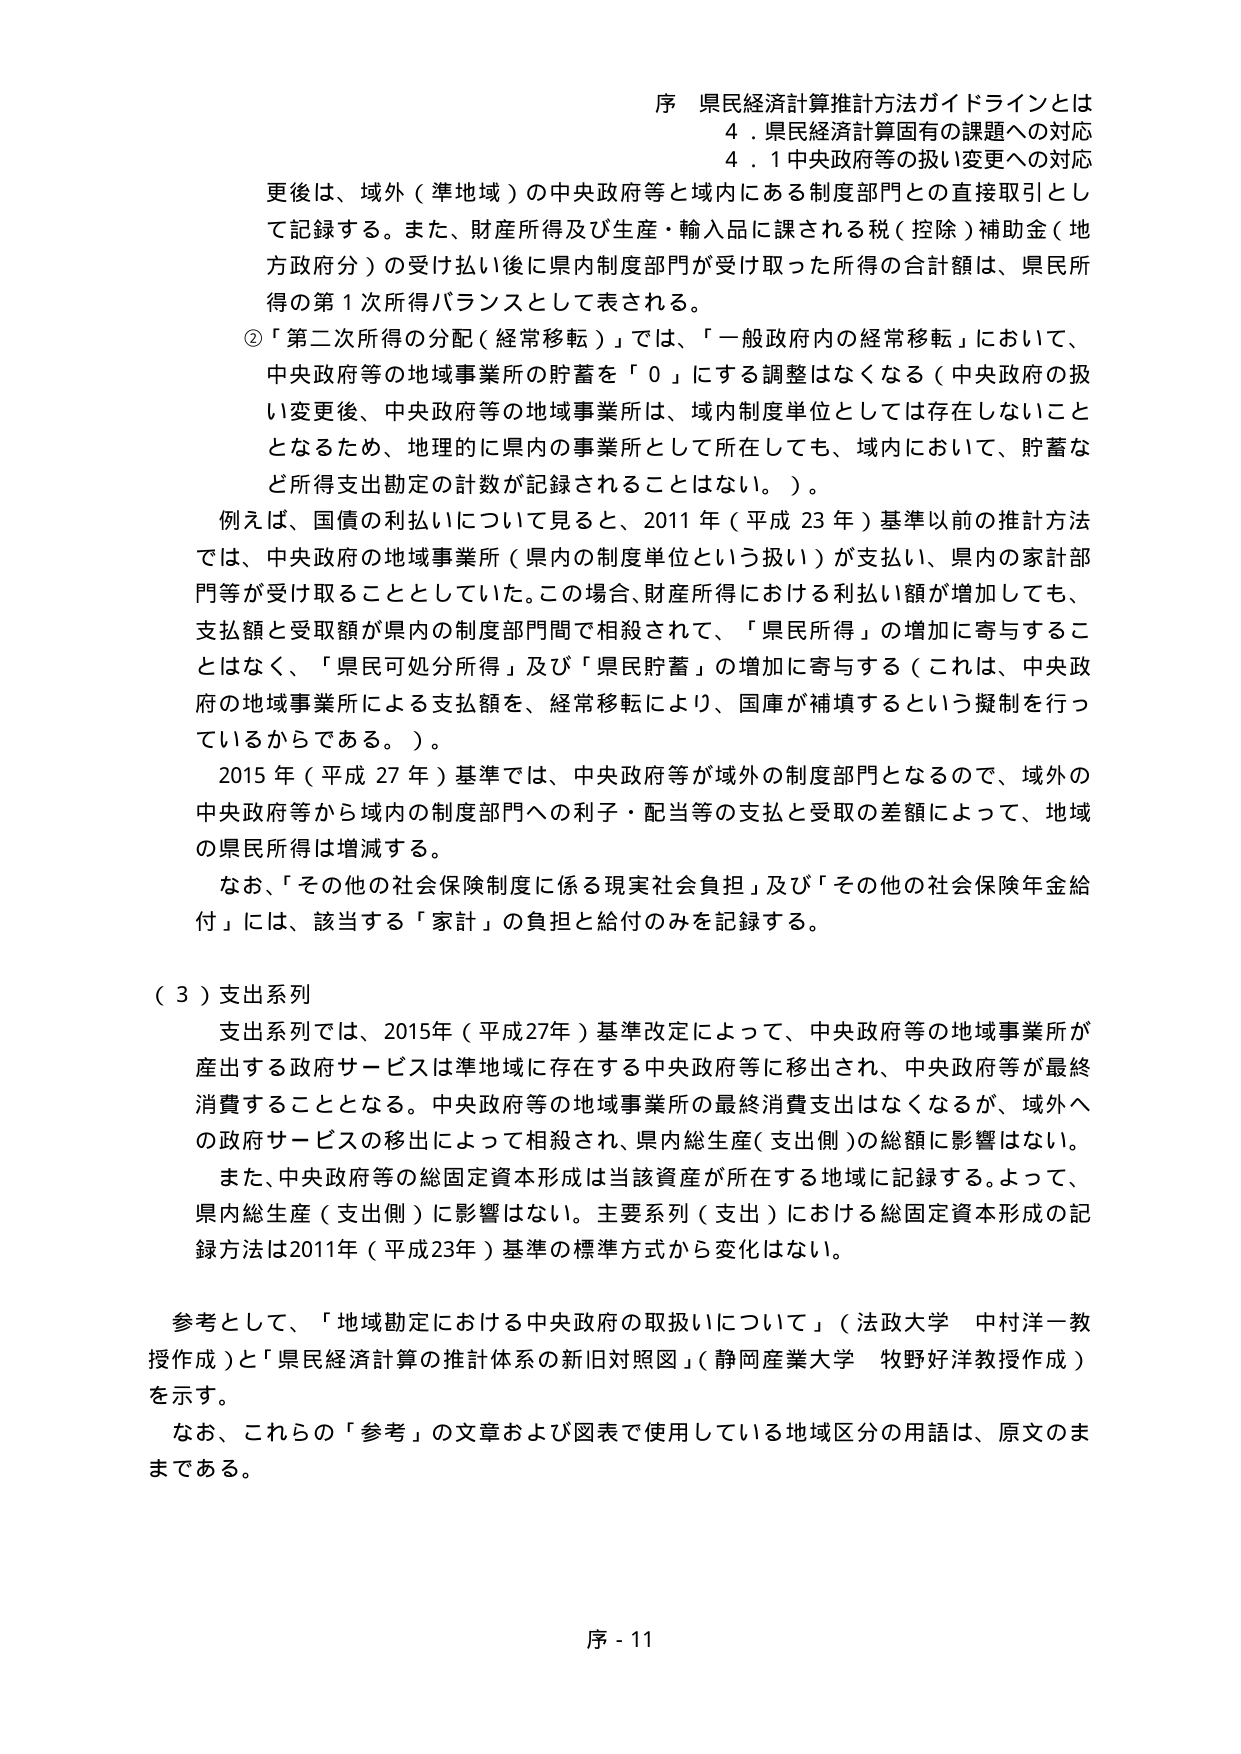
序 県民経済計算推計方法ガイドラインとは
4．県民経済計算固有の課題への対応
4．1 中央政府等の扱い変更への対応

更後は、域外（準地域）の中央政府等と域内にある制度部門との直接取引として記録する。また、財産所得及び生産・輸入品に課される税（控除）補助金（地方政府分）の受け払い後に県内制度部門が受け取った所得の合計額は、県民所得の第1次所得バランスとして表される。

②「第二次所得の分配（経常移転）」では、「一般政府内の経常移転」において、中央政府等の地域事業所の貯蓄を「0」にする調整はなくなる（中央政府の扱い変更後、中央政府等の地域事業所は、域内制度単位としては存在しないこととなるため、地理的に県内の事業所として所在しても、域内において、貯蓄など所得支出勘定の計数が記録されることはない。）。

例えば、国債の利払いについて見ると、2011年（平成23年）基準以前の推計方法では、中央政府の地域事業所（県内の制度単位という扱い）が支払い、県内の家計部門等が受け取ることとしていた。この場合、財産所得における利払い額が増加しても、支払額と受取額が県内の制度部門間で相殺されて、「県民所得」の増加に寄与することなく、「県民可処分所得」及び「県民貯蓄」の増加に寄与する（これは、中央政府の地域事業所による支払額を、経常移転により、国庫が補填するという擬制金行っているからである。）。

2015年（平成27年）基準では、中央政府等が域外の制度部門となるので、域外の中央政府等から域内の制度部門への利子・配当等の支払と受取の差額によって、地域の県民所得は増減する。

なお、「その他の社会保険制度に係る現実社会負担」及び「その他の社会保険年金給付」には、該当する「家計」の負担と給付のみを記録する。

（3）支出系列

支出系列では、2015年（平成27年）基準改定によって、中央政府等の地域事業所が産出する政府サービスは準地域に存在する中央政府等に移出され、中央政府等が最終消費することとなる。中央政府等の地域事業所の最終消費支出はなくなるが、域外への政府サービスの移出によって相殺され、県内総生産（支出側）の総額に影響はない。

また、中央政府等の総固定資本形成は当該資産が所在する地域に記録する。よって、県内総生産（支出側）に影響はない。主要系列（支出）における総固定資本形成の記録方法は2011年（平成23年）基準の標準方式から変化はない。

参考として、「地域勘定における中央政府の取扱いについて」（法政大学 中村洋一教授作成）と「県民経済計算の推計体系の新旧対照図」（静岡産業大学 牧野好洋教授作成）を示す。

なお、これらの「参考」の文章および図表で使用している地域区分の用語は、原文のままである。

序 - 11